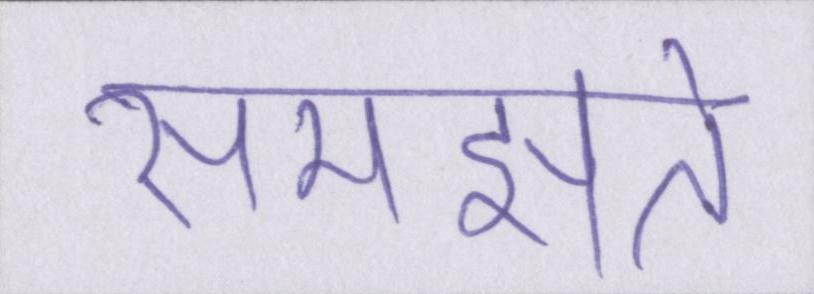
समझते